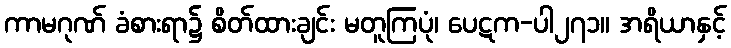
ကာမဂုဏ် ခံစားရာ၌ စိတ်ထားချင်း မတူကြပုံ၊ ပေဋက-ပါ၂၇၁။ အရိယာနှင့်